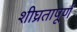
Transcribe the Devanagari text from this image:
शीघ्रतापूर्ण